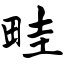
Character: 畦